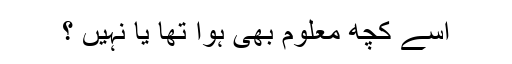
اسے کچھ معلوم بھی ہوا تھا یا نہیں ؟